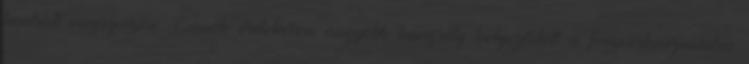
kontroll megszerzése. Ennek érdekében nagyobb hangsúly helyeződött a fegyverhasználatra